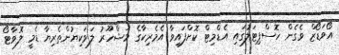
އޯވަޑޯޒް ވެގެން ހޮސްޕިޓަލުގައި އެޑްމިޓް ކޮށްފައިވާ އެމެރިކާގެ މަޝްހޫރު ލަވަކިޔުންތެރިޔާ ޑެމީ ލޮވާޓޯ